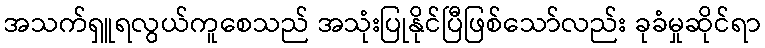
အသက်ရှူရလွယ်ကူစေသည် အသုံးပြုနိုင်ပြီဖြစ်သော်လည်း ခုခံမှုဆိုင်ရာ